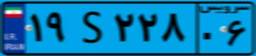
۱۹S۲۲۸۰۶